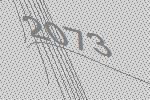
2073